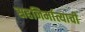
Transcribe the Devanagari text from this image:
सहनिर्मात्याची